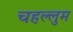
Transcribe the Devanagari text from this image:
चहल्लुम